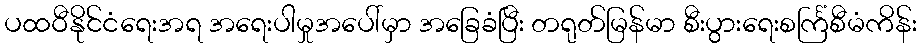
ပထဝီနိုင်ငံရေးအရ အရေးပါမှုအပေါ်မှာ အခြေခံပြီး တရုတ်မြန်မာ စီးပွားရေးစင်္ကြံစီမံကိန်း